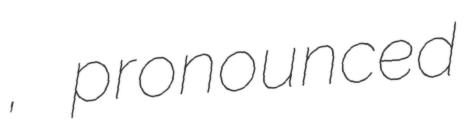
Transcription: เกาะหลีเป๊ะ, pronounced